Sanitation, dispensaries and jails vaccination Rajputana 1922-1927 - 1922-1927
Year: 1922
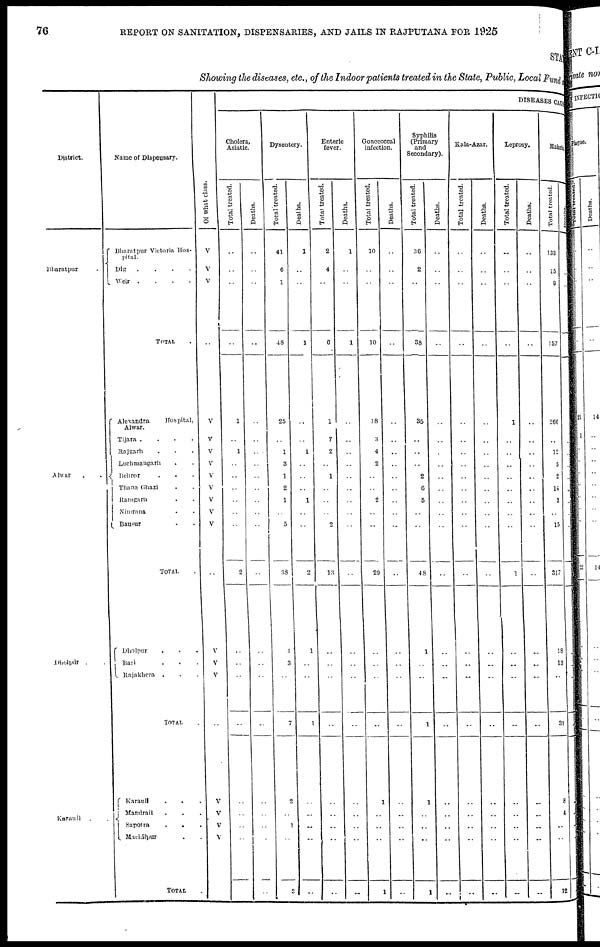
76
REPORT ON SANITATION, DISPENSARIES, AND JAILS IN RAJPUTANA FOR 1925
STATE
Showing the diseases, etc., of the Indoor patients treated in the State, Public, Local Fund and
District.
Bharatpur .
Alwar
.
.
Dholpur .
Karauli . .
Name of Dispensary.
Bharatpur Victoria Hos-
pital.
Dig
.
.
.
.
Weir
.
.
.
.
TOTAL .
Alexandra
Hospital,
Alwar.
Tijara . . . .
Rajgarh . . .
Luchmangarh . .
Behror . . .
Thana Ghazi . .
Ramgarh . .
Nimrana . .
Bansur . .
TOTAL .
Dholpur . . .
Bari . . .
Rajakhera
. . .
TOTAL .
Karauli
.
.
Mandrail . . .
Sapotra
.
. .
Machilpur . .
TOTAL .
Of what class.
V
V
V
..
V
V
V
V
V
V
V
V
V
..
V
V
V
..
V
V
V
V
..
DISEASES CAUSE
Cholera,
Asiatic.
Total treated.
..
..
..
..
1
..
1
..
..
..
..
..
..
2
..
..
..
..
..
..
..
..
..
Deaths.
..
..
..
..
..
..
..
..
..
..
..
..
..
..
..
..
..
..
..
..
..
..
..
Dysentery.
Total treated.
41
6
1
48
25
..
1
3
1
2
1
..
5
38
4
3
..
7
2
..
1
..
3
Deaths.
1
..
..
1
..
..
1
..
..
..
1
..
..
2
1
..
..
1
..
..
..
..
..
Enteric
fever.
Total treated.
2
4
..
6
1
7
2
..
1
..
..
..
2
13
..
..
..
..
..
..
..
..
..
Deaths.
1
..
..
1
..
..
..
..
..
..
..
..
..
..
..
..
..
..
..
..
..
..
..
Gonococcal
infection.
Total treated.
10
..
..
10
18
3
4
2
..
..
2
..
..
29
..
..
..
..
1
..
..
..
1
Deaths.
..
..
..
..
..
..
..
..
..
..
..
..
..
..
..
..
..
..
..
..
..
..
..
Syphilis
(Primary
and
Secondary).
Total treated.
36
2
..
38
35
..
..
..
2
6
5
..
..
48
1
..
..
1
1
..
..
..
1
Deaths.
..
..
..
..
..
..
..
..
..
..
..
..
..
..
..
..
..
..
..
..
..
..
..
Kala-Azar.
Total treated.
..
..
..
..
..
..
..
..
..
..
..
..
..
..
..
..
..
..
..
..
..
..
..
Deaths.
..
..
..
..
..
..
..
..
..
..
..
..
..
..
..
..
..
..
..
..
..
..
..
Leprosy.
Total treated.
..
..
..
..
1
..
..
..
..
..
..
..
..
1
..
..
..
..
..
..
..
..
..
Deaths.
..
..
..
..
..
..
..
..
..
..
..
..
..
..
..
..
..
..
..
..
..
..
..
Malaria.
Total treated.
133
15
9
157
266
..
12
5
2
14
3
..
15
317
18
13
..
31
8
4
..
..
12
Deaths.
..
..
..
..
..
..
..
..
..
..
..
..
..
..
..
..
..
..
..
..
..
..
..